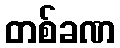
တစ်ခဏ